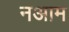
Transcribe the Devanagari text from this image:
नआम